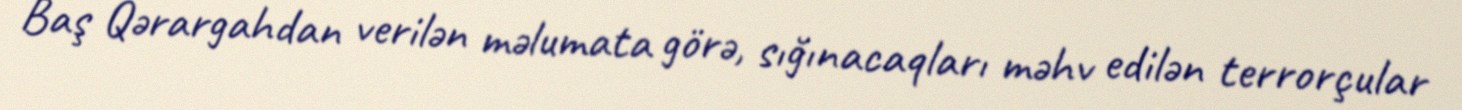
Baş Qərargahdan verilən məlumata görə, sığınacaqları məhv edilən terrorçular